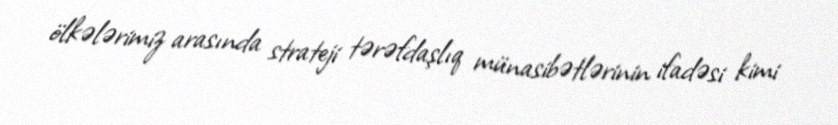
ölkələrimiz arasında strateji tərəfdaşlıq münasibətlərinin ifadəsi kimi